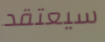
سيعتقد